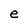
Character: e